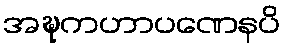
အဍ္ဎကဟာပဏေနပိ